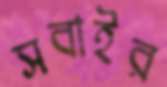
সবাইর